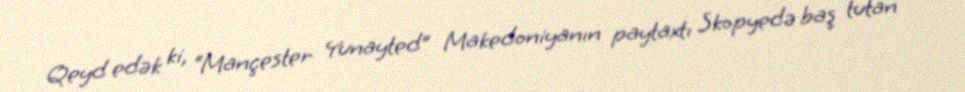
Qeyd edək ki, “Mançester Yunayted” Makedoniyanın paytaxtı Skopyedə baş tutan